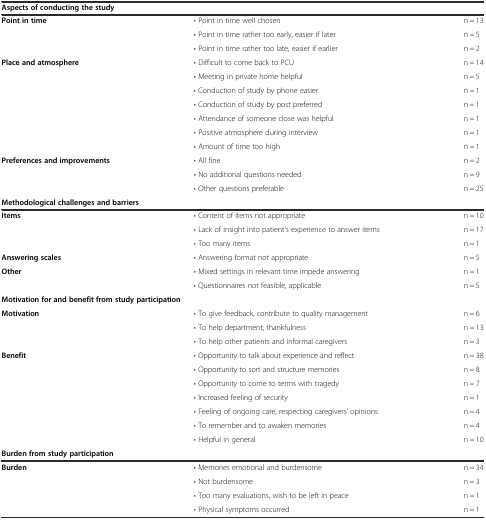
| <COLSPAN=3> Aspects of conducting the study |
 | --- | --- | --- |
 | <ROWSPAN=3> Point in time | • Point in time well chosen | n = 13 |
 | • Point in time rather too early, easier if later | n = 5 |
 | • Point in time rather too late, easier if earlier | n = 2 |
 | <ROWSPAN=7> Place and atmosphere | • Difficult to come back to PCU | n = 14 |
 | • Meeting in private home helpful | n = 5 |
 | • Conduction of study by phone easier | n = 1 |
 | • Conduction of study by post preferred | n = 1 |
 | • Attendance of someone close was helpful | n = 1 |
 | • Positive atmosphere during interview | n = 1 |
 | • Amount of time too high | n = 1 |
 | <ROWSPAN=3> Preferences and improvements | • All fine | n = 2 |
 | • No additional questions needed | n = 9 |
 | • Other questions preferable | n = 25 |
 | <COLSPAN=3> Methodological challenges and barriers |
 | <ROWSPAN=3> Items | • Content of items not appropriate | n = 10 |
 | • Lack of insight into patient’s experience to answer items | n = 17 |
 | • Too many items | n = 1 |
 | Answering scales | • Answering format not appropriate | n = 5 |
 | <ROWSPAN=2> Other | • Mixed settings in relevant time impede answering | n = 1 |
 | • Questionnaires not feasible, applicable | n = 5 |
 | <COLSPAN=3> Motivation for and benefit from study participation |
 | <ROWSPAN=3> Motivation | • To give feedback, contribute to quality management | n = 6 |
 | • To help department, thankfulness | n = 13 |
 | • To help other patients and informal caregivers | n = 3 |
 | <ROWSPAN=7> Benefit | • Opportunity to talk about experience and reflect | n = 38 |
 | • Opportunity to sort and structure memories | n = 8 |
 | • Opportunity to come to terms with tragedy | n = 7 |
 | • Increased feeling of security | n = 1 |
 | • Feeling of ongoing care, respecting caregivers’ opinions | n = 4 |
 | • To remember and to awaken memories | n = 4 |
 | • Helpful in general | n = 10 |
 | <COLSPAN=3> Burden from study participation |
 | <ROWSPAN=4> Burden | • Memories emotional and burdensome | n = 34 |
 | • Not burdensome | n = 3 |
 | • Too many evaluations, wish to be left in peace | n = 1 |
 | • Physical symptoms occurred | n = 1 |